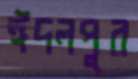
ঈদলপুর